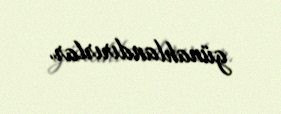
günahlandırırlar.